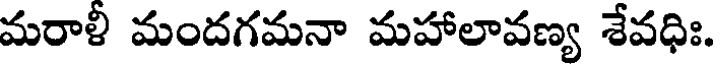
మరాళీ మందగమనా మహాలావణ్య శేవధిః.